Account of plague administration in the Bombay Presidency from September 1896 till May 1897
Year: 1896
Disease focus: Plague
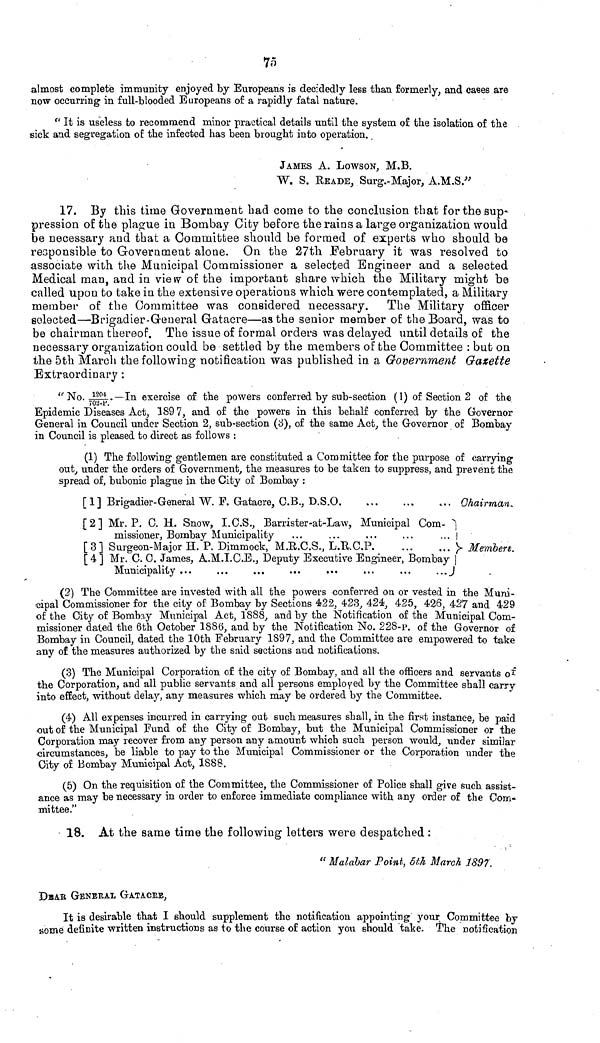
75
almost complete immunity enjoyed by Europeans is decidedly less than formerly, and cases are
now occurring in full-blooded Europeans of a rapidly fatal nature.
"It is useless to recommend minor practical details until the system of the isolation of the
sick and segregation of the infected has been brought into operation.
JAMES A. LOWSON, M.B.
W. S. READE, Surg.-Major, A.M.S."
17. By this time Government had come to the conclusion that for the sup-
pression of the plague in Bombay City before the rains a large organization would
be necessary and that a Committee should be formed of experts who should be
responsible to Government alone. On the 27th February it was resolved to
associate with the Municipal Commissioner a selected Engineer and a selected
Medical man, and in view of the important share which the Military might be
called upon to take in the extensive operations which were contemplated, a Military
member of the Committee was considered necessary. The Military officer
selected—Brigadier General Gatacre—as the senior member of the Board, was to
be chairman thereof. The issue of formal orders was delayed until details of the
necessary organization could be settled by the members of the Committee : but on
the 5th March the following notification was published in a Government Gazette
Extraordinary :
"No. 1204.—In exercise of the powers conferred by sub-section (1) of Section 2 of the
Epidemic Diseases Act, 189 7, and of the powers in this behalf conferred by the Governor
General in Council under Section 2, sub-section (3), of the same Act, the Governor of Bombay
in Council is pleased to direct as follows :
(1) The following gentlemen are constituted a Committee for the purpose of carrying
out, under the orders of Government, the measures to be taken to suppress, and prevent the
spread of, bubonic plague in the City of Bombay :
[1] Brigadier-General W. F. Gatacre, C.B., D.S.O
...
...
... Chairman,.
[2] Mr. P. C. H. Snow, I.C.S., Barrister-at-Law, Municipal
Com-
missiouer, Bombay Municipality
...
...
...
...
...
[3] Surgeon-Major H. P. Dimmock, M.E.C.S.,
L.RC.P...
...
Members.
[ 4 ] Mr. C. C. James, A.M.I.C.E., Deputy Executive Engineer, Bombay
Municipality ...
...
...
...
...
...
...
...
(2) The Committee are invested with all the powers conferred on or vested in the Muni-
cipal Commissioner for the city of Bombay by Sections 422, 423, 424, 425, 426, 427 and 429
of the City of Bombay Municipal Act, 1888, and by the Notification of the Municipal Com-
missioner dated the 6th October 1888, and by the Notification No. 228-p. of the Governor of
Bombay in Council, dated the 10th February 1897, and the Committee are empowered to take
any of the measures authorized by the said sections and notifications.
(3) The Municipal Corporation of the city of Bombay, and all the officers and servants of
the Corporation, and all public servants and all persons employed by the Committee shall carry
into effect, without delay, any measures which may be ordered by the Committee.
(4) All expenses incurred in carrying out such measures shall, in the first instance, be paid
out of the Municipal Fund of the City of Bombay, but the Municipal Commissioner or the
Corporation may recover from any person any amount which such person would, under similar
circumstances, be liable to pay to the Municipal Commissioner or the Corporation under the
City of Bombay Municipal Act, 1888.
(5) On the requisition of the Committee, the Commissioner of Police shall give such assist-
ance as may be necessary in order to enforce immediate compliance with any order of the Com-
mittee."
18. At the same time the following letters were despatched :
"Malabar Point, 5th March 1897.
DeAr GENERAL GATACEE,
It is desirable that I should supplement the notification appointing your Committee by
Home definite written instructions as to the course of action you should take. The notification